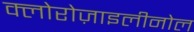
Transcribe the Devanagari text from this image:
क्लोरोज़ाइलीनोल